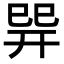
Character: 𢁅